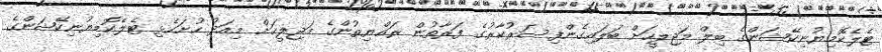
ޓެލެކޮމިޔުނިކޭޝަންގެ ބިލް މަޖިލީހަށް ބަލައިގެންފިސަރުކާރުގެ ފަރާތުން ރައްޔިތުންގެ މަޖިލީހަށް މިއަދު ހުށަހެޅި ޓެލެކޮމިޔުނިކޭޝަންގެ